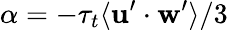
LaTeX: \alpha=-\tau_{t}\langle\mathbf{u}^{\prime}\cdot\mathbf{w}^{\prime}\rangle/3